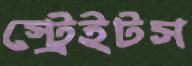
স্ট্রেইটস